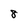
Character: 8